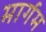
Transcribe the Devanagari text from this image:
मार्गम